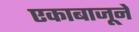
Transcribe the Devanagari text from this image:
एकाबाजूने